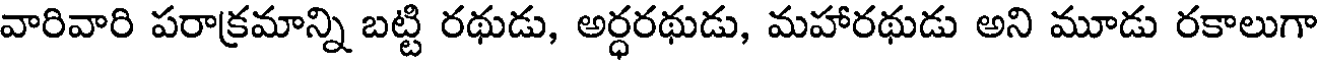
వారివారి పరాక్రమాన్ని బట్టి రథుడు, అర్ధరథుడు, మహారథుడు అని మూడు రకాలుగా